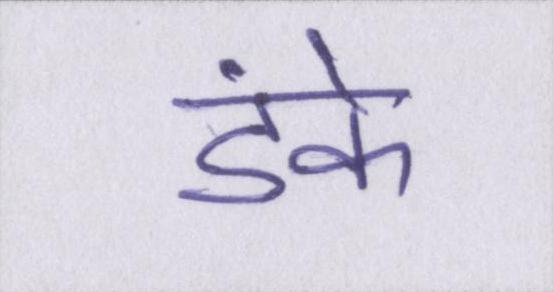
डंके